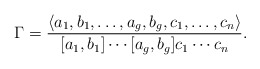
\begin{align*}\Gamma = \frac{\langle a_1, b_1, \ldots , a_g, b_g, c_1, \ldots , c_n\rangle}{[a_1,b_1] \cdots [a_g , b_g ]c_1 \cdots c_n}.\end{align*}